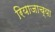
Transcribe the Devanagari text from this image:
रियाजाच्या